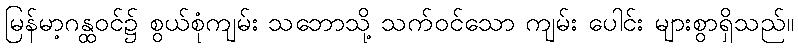
မြန်မာ့ဂန္ထဝင်၌ စွယ်စုံကျမ်း သဘောသို့ သက်ဝင်သော ကျမ်း ပေါင်း များစွာရှိသည်။